Vaccination returns of the Province of Eastern Bengal and Assam - 1905-1912
Year: 1905
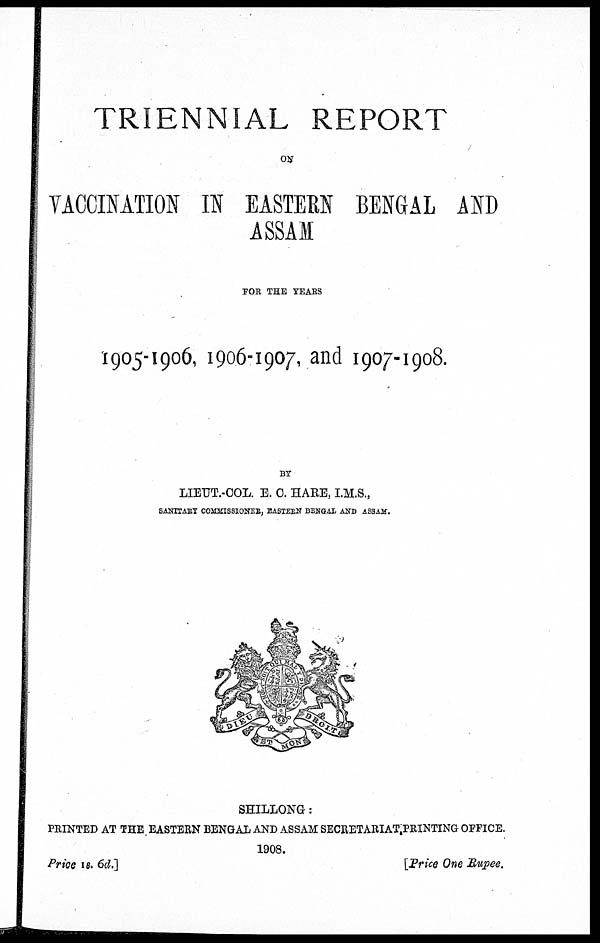
TRIENNIAL REPORT
ON
VACCINATION IN EASTERN BENGAL AND
ASSAM
FOR THE YEARS
1905-1906, 1906-1907, and 1907-1908.
BY
LIEUT.-COL. E. C. HARE, I.M.S.,
SANITARY COMMISSIONER, EASTERN BENGAL AND ASSAM.
SHILLONG:
PRINTED AT THE EASTERN BENGAL AND ASSAM SECRETARIAT PRINTING OFFICE.
1908.
Price 1s. 6d.]
[Price One Rupee.